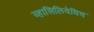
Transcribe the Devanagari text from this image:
व्हासिलियेविच